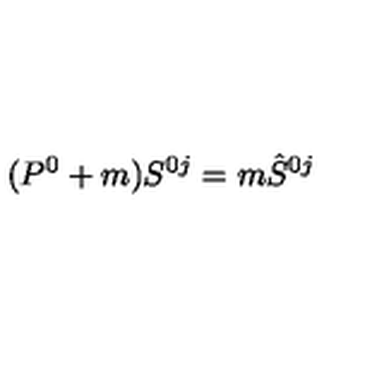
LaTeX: ( P ^ { 0 } + m ) S ^ { 0 j } = m \hat { S } ^ { 0 j }